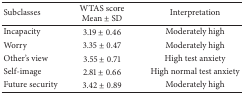
<table><thead><tr><td><b>Subclasses</b></td><td><b>WTAS score Mean ± SD</b></td><td><b>Interpretation</b></td></tr></thead><tbody><tr><td>Incapacity</td><td>3.19 ± 0.46</td><td>Moderately high</td></tr><tr><td>Worry</td><td>3.35 ± 0.47</td><td>Moderately high</td></tr><tr><td>Other&#x27;s view</td><td>3.55 ± 0.71</td><td>High test anxiety</td></tr><tr><td>Self-image</td><td>2.81 ± 0.66</td><td>High normal test anxiety</td></tr><tr><td>Future security</td><td>3.42 ± 0.89</td><td>Moderately high</td></tr></tbody></table>